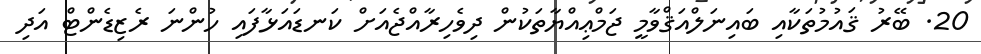
20. ބޭރު ޤައުމުތަކާއި ބައިނަލްއަޤްވާމީ ޖަމްޢިއްޔާތަކުން ދިވެހިރާއްޖެއަށް ކަނޑައަޅާފައި ހުންނަ ރެޒިޑެންޓް އަދި